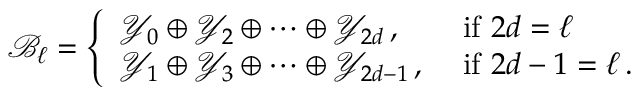
\mathcal { B } _ { \ell } = \left\{ \begin{array} { l l } { \mathcal { Y } _ { 0 } \oplus \mathcal { Y } _ { 2 } \oplus \dots \oplus \mathcal { Y } _ { 2 d } \, , } & { \mathrm { ~ i f ~ } 2 d = \ell } \\ { \mathcal { Y } _ { 1 } \oplus \mathcal { Y } _ { 3 } \oplus \dots \oplus \mathcal { Y } _ { 2 d - 1 } \, , } & { \mathrm { ~ i f ~ } 2 d - 1 = \ell \, . } \end{array} \right.